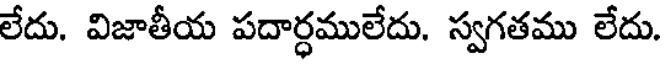
లేదు. విజాతీయ పదార్ధములేదు. స్వగతము లేదు.